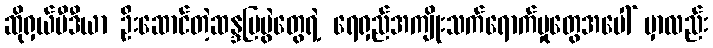
ဆိုရှယ်မီဒီယာ ဦးဆောင်တဲ့ဆန္ဒပြပွဲတွေရဲ့ ရေရှည်အကျိုးသက်ရောက်မှုတွေအပေါ် မှာလည်း